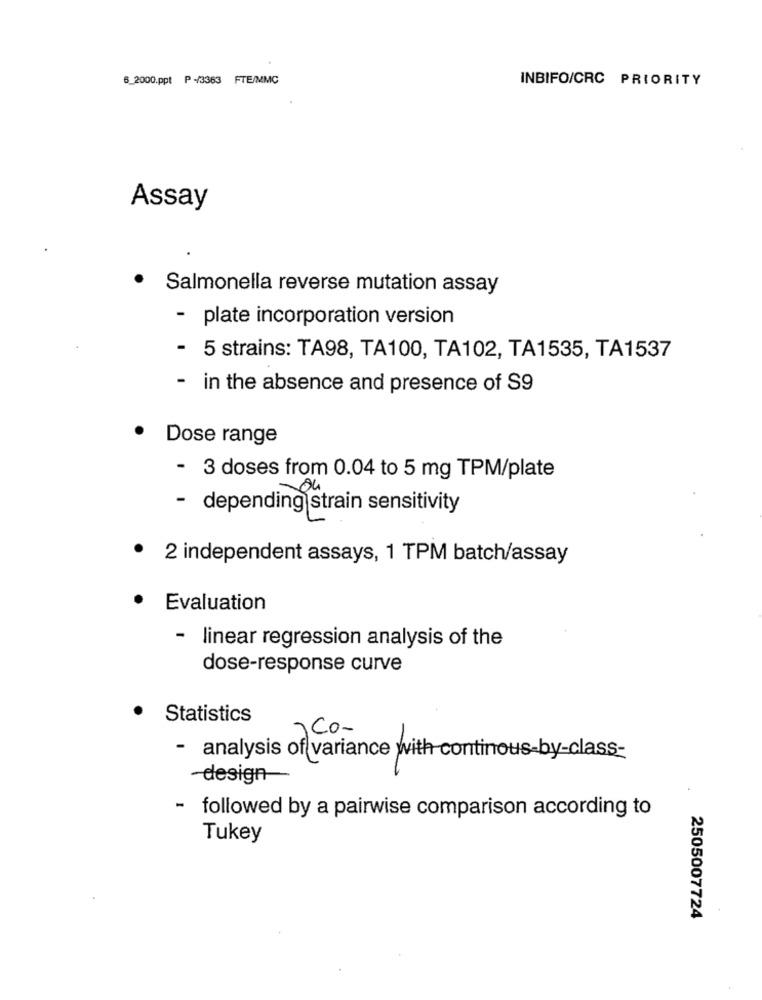
6_2000.ppt P -/3363 FTE/MMC
INBIFO/CRC PRIORITY
Assay
.
Salmonella reverse mutation assay
- plate incorporation version
- 5 strains: TA98, TA100, TA102, TA1535, TA1537
- in the absence and presence of S9
Dose range
- 3 doses from 0.04 to 5 mg TPM/plate
- depending strain sensitivity
2 independent assays, 1 TPM batch/assay
Evaluation
- linear regression analysis of the
dose-response curve
Statistics
)Co-
- analysis of variance with continous-by-class-
-design
- followed by a pairwise comparison according to
Tukey
2505007724